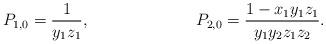
LaTeX: \begin{align*} P_{1,0} &= \frac{1}{y_1 z_1}, & P_{2,0} &= \frac{1 - x_1 y_1 z_1} {y_1 y_2 z_1 z_2}. \end{align*}